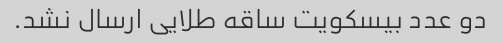
دو عدد بیسکویت ساقه طلایی ارسال نشد.